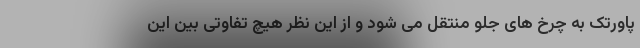
پاورتک به چرخ های جلو منتقل می شود و از این نظر هیچ تفاوتی بین این